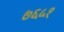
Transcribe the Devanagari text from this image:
७६५१